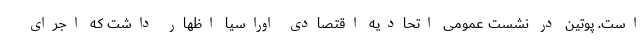
است. پوتین در نشست عمومی اتحادیه اقتصادی اوراسیا اظهار داشت که اجرای